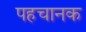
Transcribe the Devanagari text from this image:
पहचानक